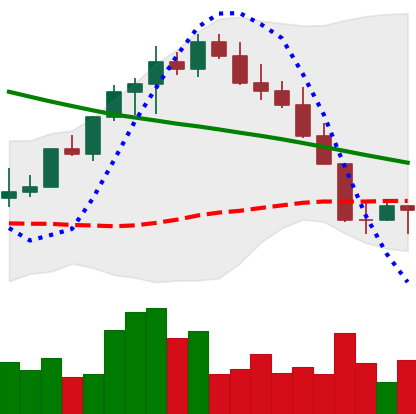
Ticker: LINK-USD
Chart end date: 2022-08-22
Forward return: -7.068%
Label: down_7plus